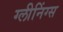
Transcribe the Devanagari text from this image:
ग्लीनिंग्स